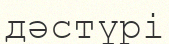
дәстүрі